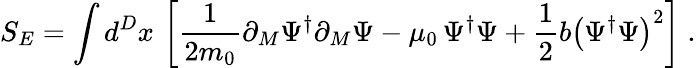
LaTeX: S_{E}=\int d^{D}x\, \left[\frac{1}{2m_{0}}\partial_{M}\Psi^{\dagger}\partial_{M}\Psi-\mu_{0}\, \Psi^{\dagger}\Psi+\frac{1}{2}b\left(\Psi^{\dagger}\Psi\right)^{2}\right]\; .